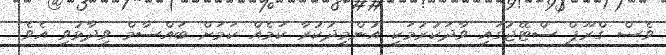
ވެސް ގްރޫޕް ސްޓޭޖުގައި ވާދަކުރުމަކީ އުންމީދުކުރާ ކަމެއް ކަމަށް ބައްސާމް ވިދާޅުވި އެވެ.